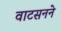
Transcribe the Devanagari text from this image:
वाटसनने